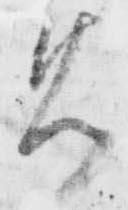
免